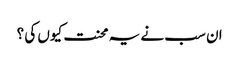
ان سب نے یہ محنت کیوں کی ؟